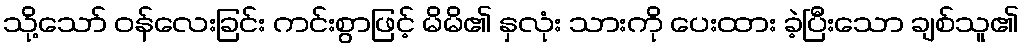
သို့သော် ဝန်လေးခြင်း ကင်းစွာဖြင့် မိမိ၏ နှလုံး သားကို ပေးထား ခဲ့ပြီးသော ချစ်သူ၏